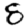
Digit: 8